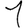
Digit: 1